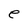
Character: e